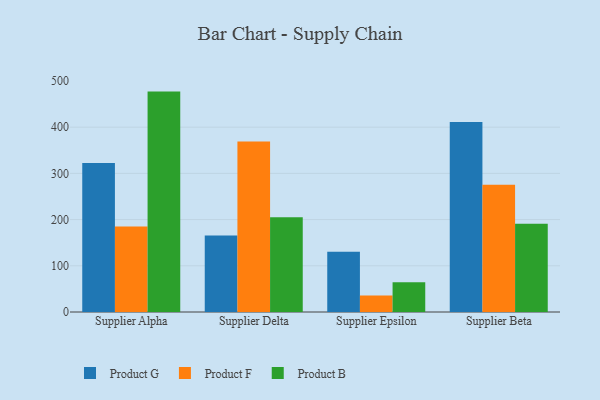
{"axis": {"x": "Supplier", "y": "Waste Production (Tons)"}, "legend": ["Product B", "Product F", "Product G"], "data": [{"x": "Supplier Alpha", "y": 322.3, "type": "Product G"}, {"x": "Supplier Alpha", "y": 185.3, "type": "Product F"}, {"x": "Supplier Alpha", "y": 477.0, "type": "Product B"}, {"x": "Supplier Delta", "y": 165.6, "type": "Product G"}, {"x": "Supplier Delta", "y": 369.2, "type": "Product F"}, {"x": "Supplier Delta", "y": 205.2, "type": "Product B"}, {"x": "Supplier Epsilon", "y": 130.3, "type": "Product G"}, {"x": "Supplier Epsilon", "y": 35.7, "type": "Product F"}, {"x": "Supplier Epsilon", "y": 64.3, "type": "Product B"}, {"x": "Supplier Beta", "y": 411.4, "type": "Product G"}, {"x": "Supplier Beta", "y": 275.2, "type": "Product F"}, {"x": "Supplier Beta", "y": 190.8, "type": "Product B"}]}